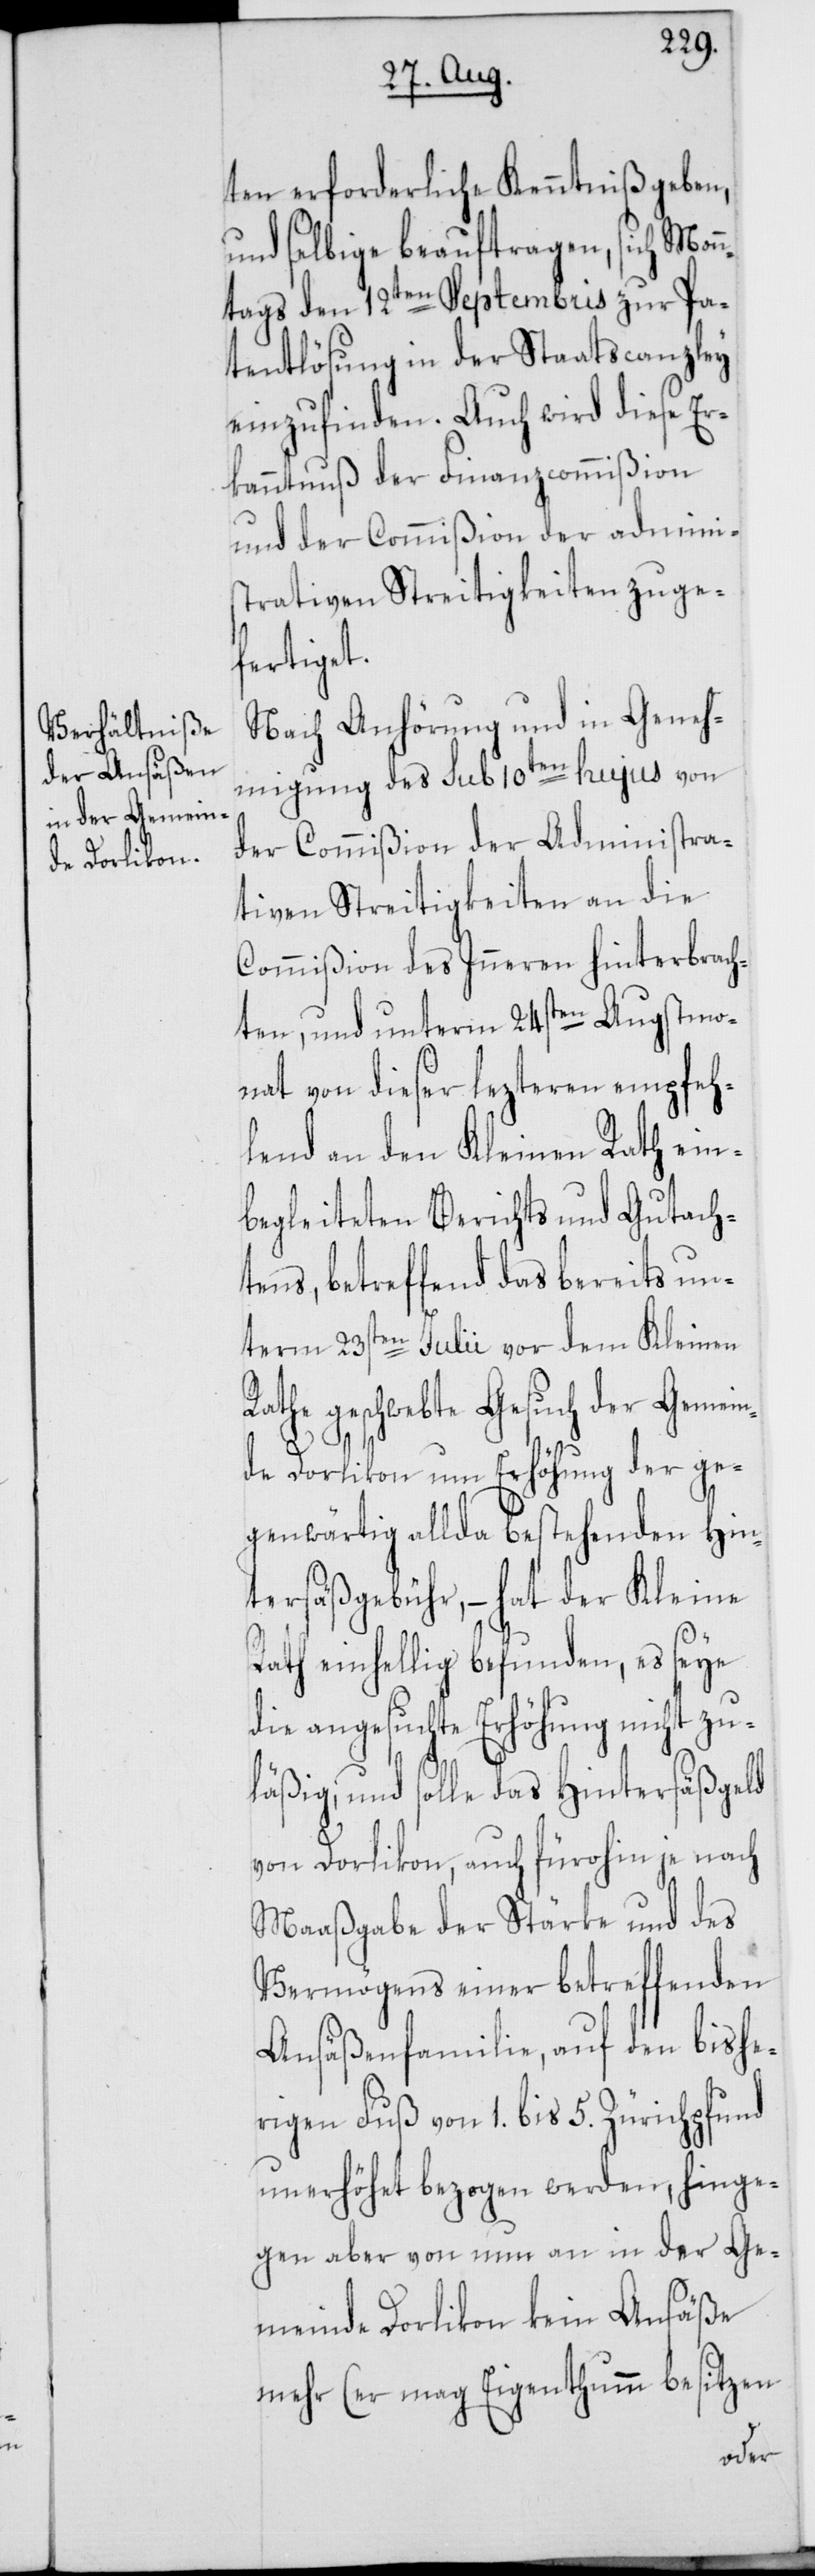
ten erforderliche Kenntniß geben,
und selbige beauftragen, sich Monn¬
tags den 12ten Septembris zur Pa¬
tentlösung in der Staatscanzley
einzufinden. Auch wird diese Er¬
kanntnuß der Finanzcommißion
und der Commißion der adminis¬
trativen Streitigkeiten zuge¬
fertiget.
Nach Anhörung und in Geneh¬
migung des sub 10ten hujus von
der Commißion der Administra¬
tiven Streitigkeiten an die
Commißion des Inneren hinterbrach¬
ten, und unterm 24sten Augstmo¬
nat von dieser lezteren empfe¬
hlend an den Kleinen Rath ein¬
begleiteten Berichts und Gutach¬
tens, betreffend das bereits un¬
term 23sten Julii vor dem Kleinen
Rathe geschwebte Gesuch der Gemein¬
de Dorlikon um Erhöhung der ge¬
genwärtig allda bestehenden Hin¬
tersäßgebühr, – hat der Kleine
Rath einhellig befunden, es seye
die angesuchte Erhöhung nicht zu¬
läßig, und solle das Hintersäßgeld
von Dorlikon, auch fürohin je nach
Maaßgabe der Stärke und des
Vermögens einer betreffenden
Ansäßenfamilie, auf den bishe¬
rigen Fuß von 1. bis 5. Zürichpfund
unerhöhet bezogen werden, hinge¬
gen aber von nun an in der Ge¬
meinde Dorlikon kein Ansäße
mehr (er mag Eigenthumm besitzen